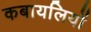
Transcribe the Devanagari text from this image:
कबायलियों